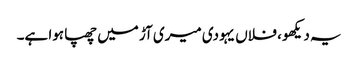
یہ دیکھو ، فلاں یہودی میری آڑ میں چھپا ہوا ہے۔